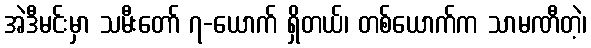
အဲဒီမင်းမှာ သမီးတော် ၇-ယောက် ရှိတယ်၊ တစ်ယောက်က သာမဏီတဲ့၊